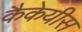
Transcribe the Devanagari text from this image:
कैकेयीस